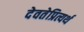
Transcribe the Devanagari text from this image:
देवतेप्रित्यर्थ